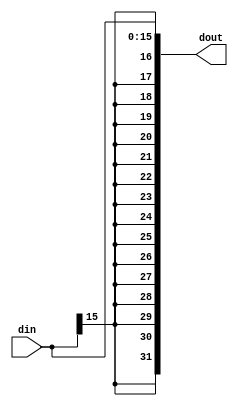
`timescale 1ns / 1ps
//////////////////////////////////////////////////////////////////////////////////
// Company: 
// Engineer: 
// 
// Design Name: 
// Module Name:    SignExtend 
// Project Name: 
// Target Devices: 
// Tool versions: 
// Description: 
//
// Dependencies: 
//
// Revision: 
// Revision 0.01 - File Created
// Additional Comments: 
//
//////////////////////////////////////////////////////////////////////////////////
module SignExtend(
    input [15:0]din,
    output [31:0]dout
    );
assign dout[31:0]={{16{din[15]}},din[15:0]};
endmodule